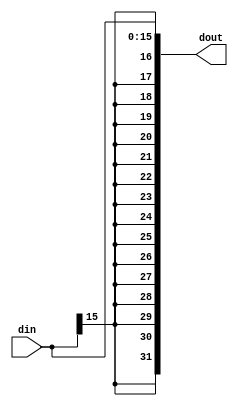
`timescale 1ns / 1ps
//////////////////////////////////////////////////////////////////////////////////
// Company: 
// Engineer: 
// 
// Design Name: 
// Module Name:    SignExtend 
// Project Name: 
// Target Devices: 
// Tool versions: 
// Description: 
//
// Dependencies: 
//
// Revision: 
// Revision 0.01 - File Created
// Additional Comments: 
//
//////////////////////////////////////////////////////////////////////////////////
module SignExtend(
    input [15:0]din,
    output [31:0]dout
    );
assign dout[31:0]={{16{din[15]}},din[15:0]};
endmodule